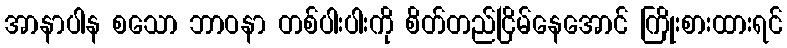
အာနာပါန စသော ဘာဝနာ တစ်ပါးပါးကို စိတ်တည်ငြိမ်နေအောင် ကြိုးစားထားရင်